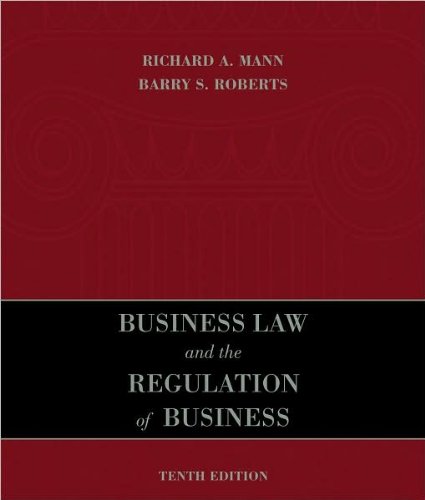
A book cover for Business Law and the Regulation of Business (text only) 10th (Tenth) edition by R. A. Mann,B. S. Roberts; B. S. Roberts R. A. Mann; Law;